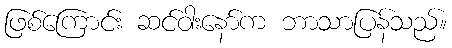
ဖြစ်ကြောင်း ဆင်ဝါးနော်က ဘာသာပြန်သည်။